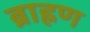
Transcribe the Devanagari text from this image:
ब्राह्नण